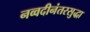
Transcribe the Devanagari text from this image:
नव्वदीनंतरसुद्धा